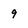
Character: 9